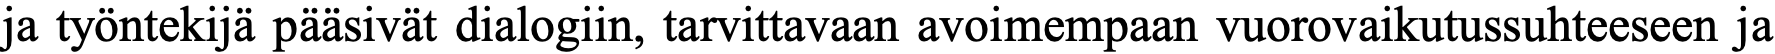
ja työntekijä pääsivät dialogiin, tarvittavaan avoimempaan vuorovaikutussuhteeseen ja